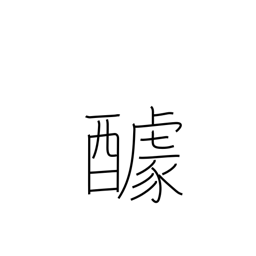
Meaning: contribution for a feast (potluck)